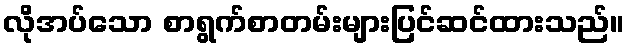
လိုအပ်သော စာရွက်စာတမ်းများပြင်ဆင်ထားသည်။